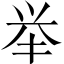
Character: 举